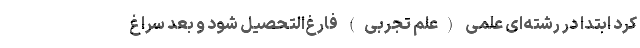
کرد ابتدا در رشته‌ای علمی (علم تجربی) فارغ‌التحصیل شود و بعد سراغ